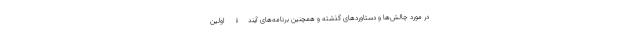
در مورد چالش‌ها و دستاوردهای گذشته و همچنین برنامه‌های آیندۀ اولین